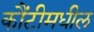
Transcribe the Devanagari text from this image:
कौंटीमधील